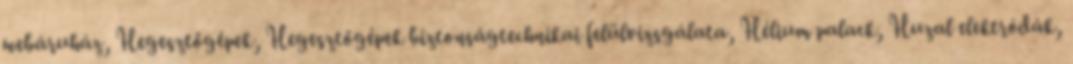
webáruház, Hegesztőgépek, Hegesztőgépek biztonságtechnikai felülvizsgálata, Hélium palack, Huzal elektródák,